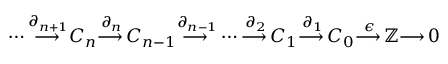
\dotsb { \overset { \partial _ { n + 1 } } { \longrightarrow \, } } C _ { n } { \overset { \partial _ { n } } { \longrightarrow \, } } C _ { n - 1 } { \overset { \partial _ { n - 1 } } { \longrightarrow \, } } \dotsb { \overset { \partial _ { 2 } } { \longrightarrow \, } } C _ { 1 } { \overset { \partial _ { 1 } } { \longrightarrow \, } } C _ { 0 } { \overset { \epsilon } { \longrightarrow \, } } \mathbb { Z } { \longrightarrow \, } 0